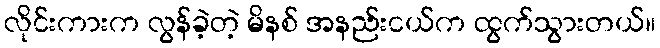
လိုင်းကားက လွန်ခဲ့တဲ့ မိနစ် အနည်းငယ်က ထွက်သွားတယ်။